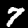
Label: 7